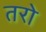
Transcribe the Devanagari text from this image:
तरो